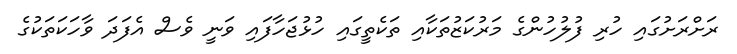
ރަށްރަށުގައި ހުރި ފުލުހުންގެ މަރުކަޒުތަކާއި ތަކެތީގައި ހުޅުޖަހާފައި ވަނީ ވެސް އެފަދަ ވާހަކަތަކުގެ